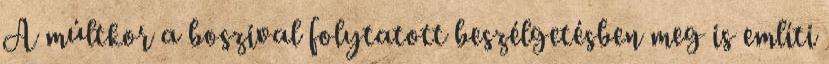
A múltkor a boszival folytatott beszélgetésben meg is említi